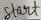
Text: Start